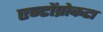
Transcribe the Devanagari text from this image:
एन्टोंप्रोकटा